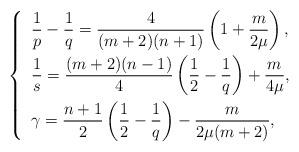
LaTeX: \begin{align*}\left\{ \enspace\begin{aligned} & \frac 1 p -\frac 1 q= \frac 4 {(m+2)(n+1)} \left( 1+ \frac m {2\mu} \right), \\ & \frac 1 s= \frac{(m+2)(n-1)}4 \left( \frac 1 2 -\frac 1 q\right) +\frac m {4 \mu}, \\ & \gamma=\frac{n+1}{2} \left( \frac 1 2 -\frac 1 q \right) -\frac{m}{2\mu(m+2)},\end{aligned}\right.\end{align*}